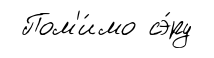
Пом'и́мо сэ́ру